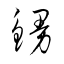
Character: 鰻